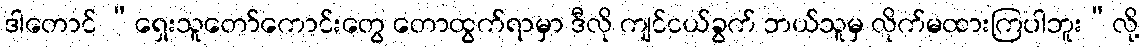
ဒါတောင် “ရှေးသူတော်ကောင်းတွေ တောထွက်ရာမှာ ဒီလို ကျင်ငယ်ခွက် ဘယ်သူမှ လိုက်မထားကြပါဘူး”လို့